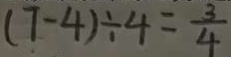
( 7 - 4 ) \div 4 = \frac { 3 } { 4 }